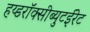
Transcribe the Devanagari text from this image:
हय्डरॉक्सीब्युटईरेट